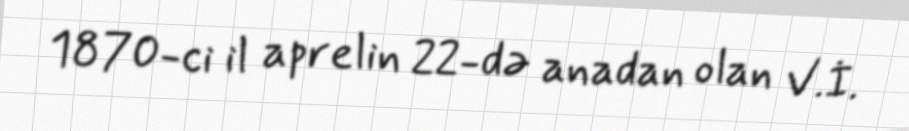
1870-ci il aprelin 22-də anadan olan V.İ.